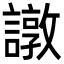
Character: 譈